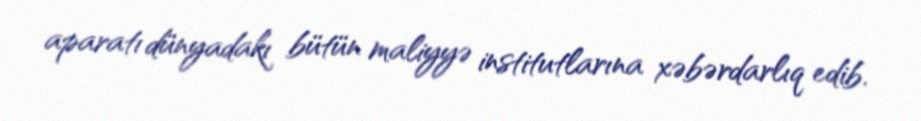
aparatı dünyadakı bütün maliyyə institutlarına xəbərdarlıq edib.